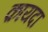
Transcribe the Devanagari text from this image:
क़ायदा